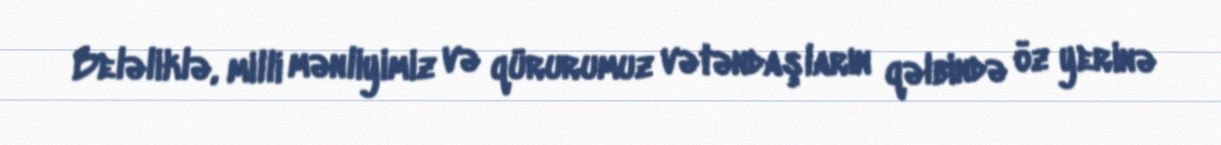
Beləliklə, milli mənliyimiz və qürurumuz vətəndaşların qəlbində öz yerinə